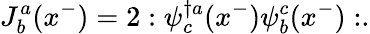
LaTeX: J_{b}^{a}(x^{-})=2:\psi_{c}^{\dagger a}(x^{-})\psi_{b}^{c}(x^{-}):.